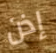
إذن